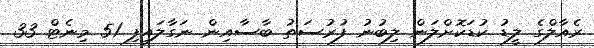
ރެއާލްގެ ލީޑު ކުޑަކޮށްލަން ލިބުނު ފުރުސަތު ބާސާއިން ނަގާލައިފި 51 މިނެޓް 33